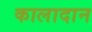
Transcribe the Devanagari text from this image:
कालादान